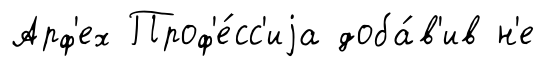
Арф'ех Проф'е́сс'иjа доба́в'ив н'е